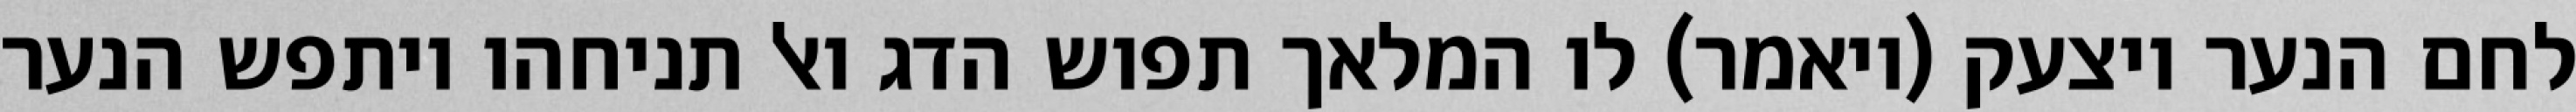
לחם הנער ויצעק (ויאמר) לו המלאך תפוש הדג ואל תניחהו ויתפש הנער